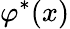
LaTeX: \varphi^{*}(x)